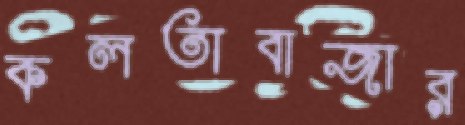
কলতাবাজার